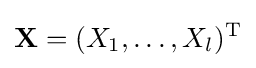
\mathbf {X} =(X_{1},\ldots ,X_{l})^{\mathrm {T} }